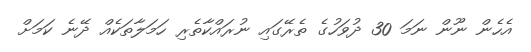
އެހެން ނޫން ނަމަ 30 ދުވަހުގެ ތެރޭގައި ނުރައްކާތެރި ހަމަލާތަކެއް ދޭނެ ކަމަށް